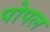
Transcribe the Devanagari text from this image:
पोपल